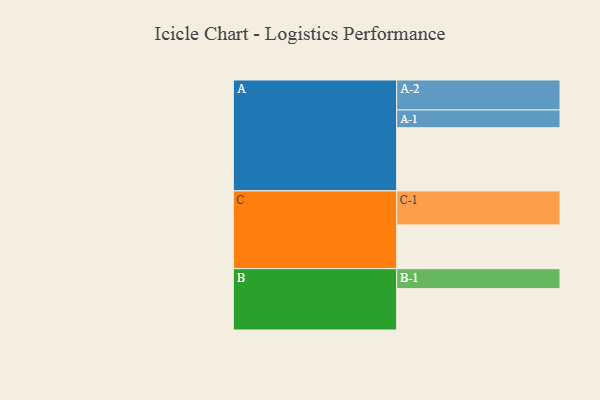
{"axis": {"x": "Segment", "y": "Value"}, "legend": ["", "A", "B", "C"], "data": [{"x": "A", "y": 544, "type": ""}, {"x": "B", "y": 356, "type": ""}, {"x": "C", "y": 377, "type": ""}, {"x": "A-1", "y": 153, "type": "A"}, {"x": "A-2", "y": 258, "type": "A"}, {"x": "B-1", "y": 172, "type": "B"}, {"x": "C-1", "y": 293, "type": "C"}]}